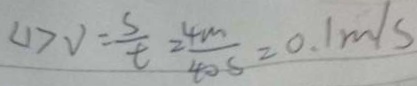
< 1 > V = \frac { s } { t } = \frac { 4 m } { 4 0 s } = 0 . 1 m / s